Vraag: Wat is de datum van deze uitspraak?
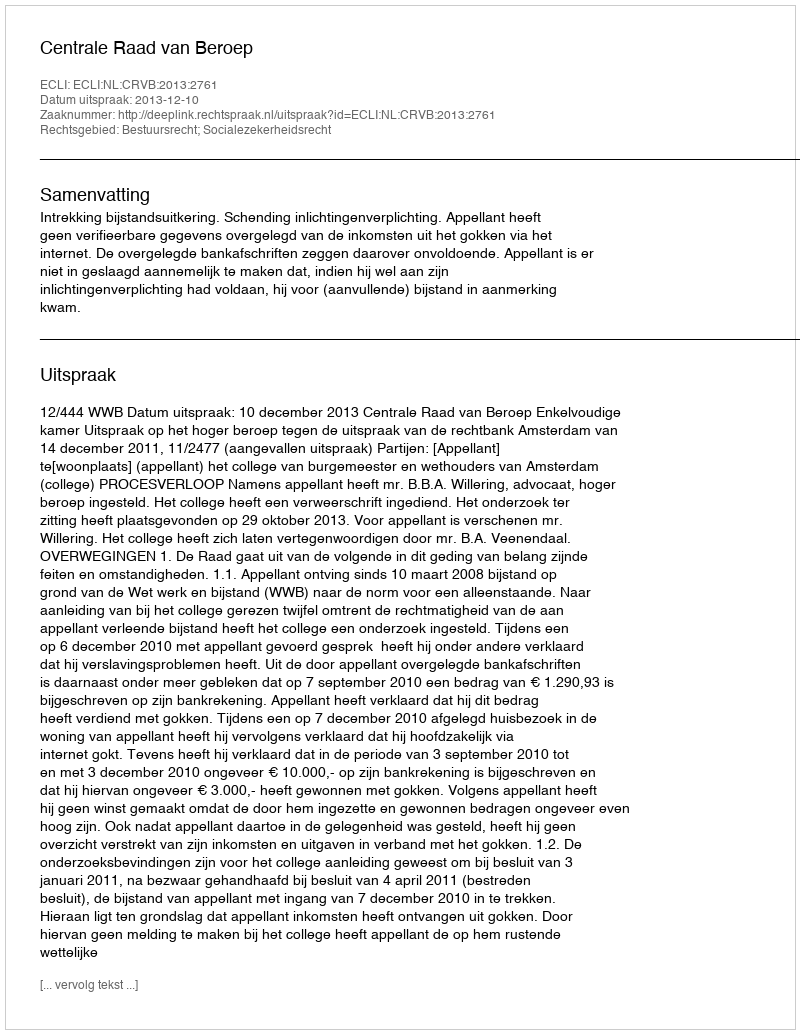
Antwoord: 2013-12-10